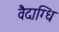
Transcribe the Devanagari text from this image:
वैदाग्धि